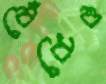
বেঁধেও